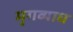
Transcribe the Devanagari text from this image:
मृगव्याध